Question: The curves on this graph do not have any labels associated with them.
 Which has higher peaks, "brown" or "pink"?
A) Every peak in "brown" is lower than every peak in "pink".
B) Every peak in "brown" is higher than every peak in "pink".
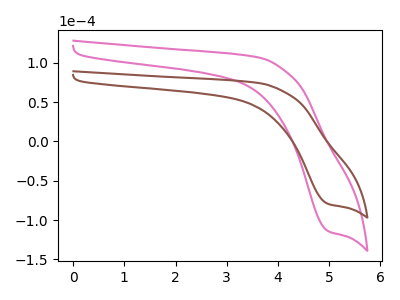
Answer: <think>The pink curve "pink" has a cathodic peak at: (5.00V, -114.15uA). The brown curve "brown" has a cathodic peak at: (5.00V, -79.50uA).</think>
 <answer>A) Every peak in "brown" is lower than every peak in "pink".</answer>
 <eval>A</eval>